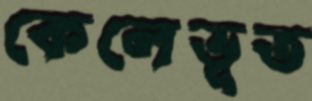
কেলেভূত